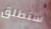
ستطلق